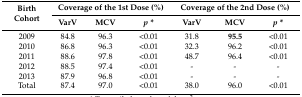
| <ROWSPAN=2> Birth Cohort | <COLSPAN=3> Coverage of the 1st Dose (%) | <COLSPAN=3> Coverage of the 2nd Dose (%) |
 | VarV | MCV | p * | VarV | MCV | p * |
 | --- | --- | --- | --- | --- | --- | --- |
 | 2009 | 84.8 | 96.3 | <0.01 | 31.8 | 95.5 | <0.01 |
 | 2010 | 86.8 | 96.3 | <0.01 | 32.3 | 96.2 | <0.01 |
 | 2011 | 88.6 | 97.8 | <0.01 | 48.7 | 96.4 | <0.01 |
 | 2012 | 88.5 | 97.4 | <0.01 | - | - | - |
 | 2013 | 87.9 | 96.8 | <0.01 | - | - | - |
 | Total | 87.4 | 97.0 | <0.01 | 38.0 | 96.0 | <0.01 |